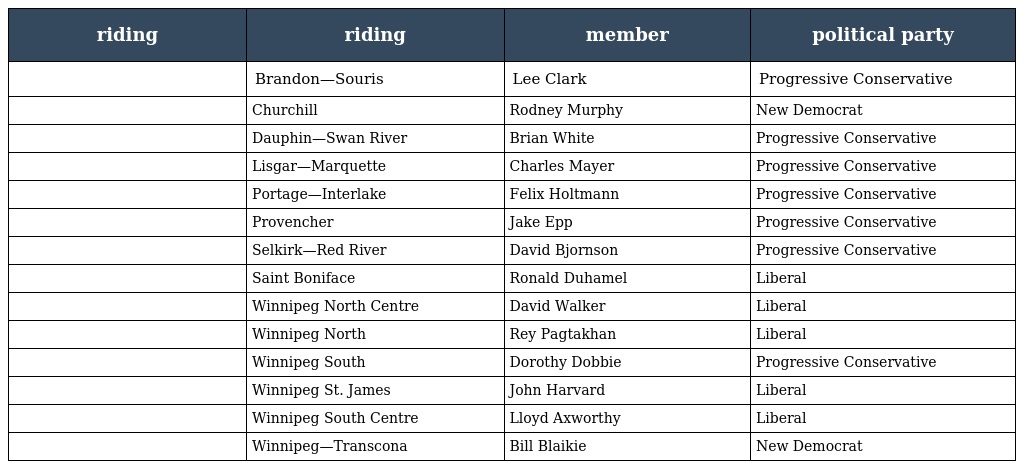
| riding | riding | member | political party |
 | --- | --- | --- | --- |
 |  | Brandon—Souris | Lee Clark | Progressive Conservative |
 |  | Churchill | Rodney Murphy | New Democrat |
 |  | Dauphin—Swan River | Brian White | Progressive Conservative |
 |  | Lisgar—Marquette | Charles Mayer | Progressive Conservative |
 |  | Portage—Interlake | Felix Holtmann | Progressive Conservative |
 |  | Provencher | Jake Epp | Progressive Conservative |
 |  | Selkirk—Red River | David Bjornson | Progressive Conservative |
 |  | Saint Boniface | Ronald Duhamel | Liberal |
 |  | Winnipeg North Centre | David Walker | Liberal |
 |  | Winnipeg North | Rey Pagtakhan | Liberal |
 |  | Winnipeg South | Dorothy Dobbie | Progressive Conservative |
 |  | Winnipeg St. James | John Harvard | Liberal |
 |  | Winnipeg South Centre | Lloyd Axworthy | Liberal |
 |  | Winnipeg—Transcona | Bill Blaikie | New Democrat |